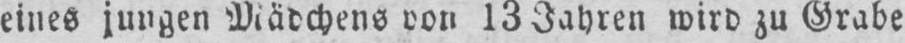
wird zu Grabe